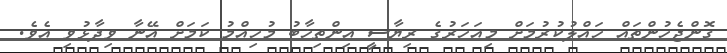
ގޮންޖެހުންތައް ހައްލުކުރުމަށް މިއަހަރުގެ ރިޔާސީ އިންތިޚާބު މުހިއްމު ކަމަށް އޭނާ ވިދާޅުވި އެވެ.